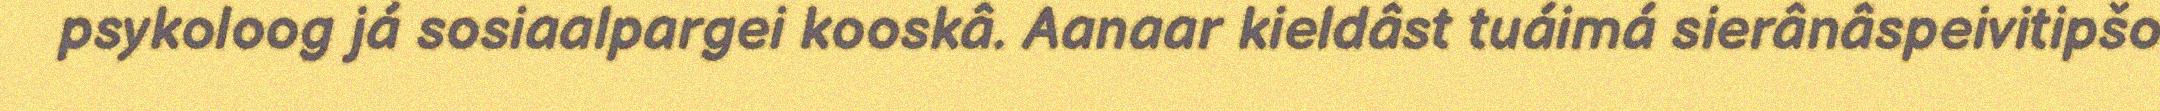
psykoloog já sosiaalpargei kooskâ. Aanaar kieldâst tuáimá sierânâspeivitipšo